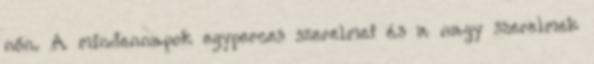
nőn. A mindennapok egyperces szerelmei és a nagy szerelmek